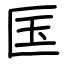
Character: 匤